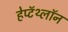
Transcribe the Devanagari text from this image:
हेप्टॅथ्‍लॉन